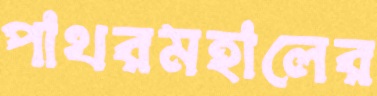
পাথরমহালের